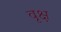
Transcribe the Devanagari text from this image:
वृक्ष